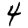
Digit: 4